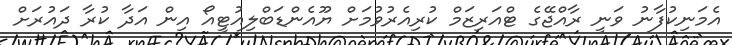
އެމަނިކުފާނު ވަނީ ރާއްޖޭގެ ޓްއަރިޒަމް ކުރިއެރުވުމަށް ޔޫއެންޑަބްލިއުޓީއޯ އިން އަދާ ކުރާ ދައުރަށް